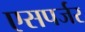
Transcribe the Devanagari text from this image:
एसपर्जर